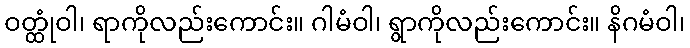
ဝတ္ထုံဝါ၊ ရာကိုလည်းကောင်း။ ဂါမံဝါ၊ ရွာကိုလည်းကောင်း။ နိဂမံဝါ၊